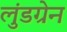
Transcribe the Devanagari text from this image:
लुंडग्रेन